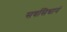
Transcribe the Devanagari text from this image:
सवसिधानं